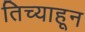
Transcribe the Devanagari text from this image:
तिच्याहून